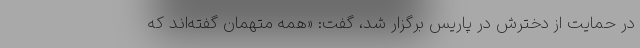
در حمایت از دخترش در پاریس برگزار شد، گفت: «همه متهمان گفته‌اند که